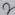
Text: 2